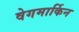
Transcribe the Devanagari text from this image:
वेगमार्किन